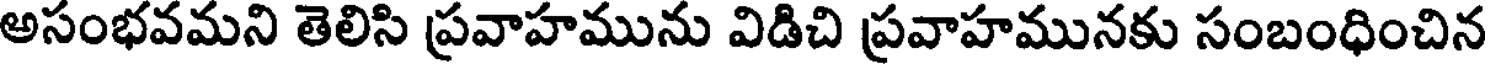
అసంభవమని తెలిసి ప్రవాహమును విడిచి ప్రవాహమునకు సంబంధించిన